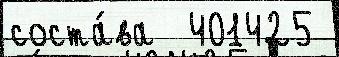
соста́ва  401425